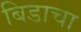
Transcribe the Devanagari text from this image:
बिडाचा